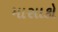
માસાકો